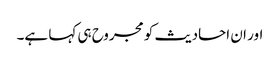
اور ان احادیث کو مجروح ہی کہا ہے۔